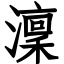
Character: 澟